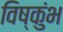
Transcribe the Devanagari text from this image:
विष्कुंभ